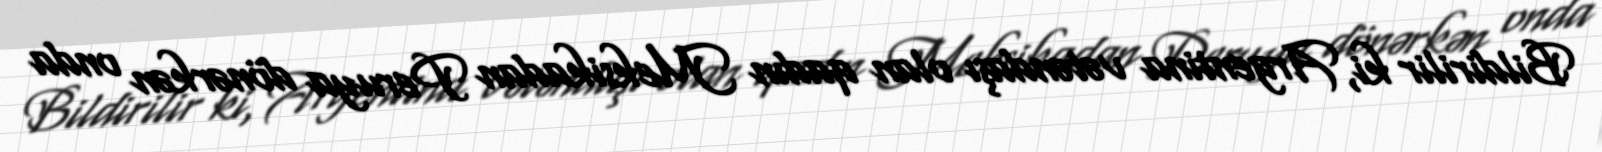
Bildirilir ki, Argentina vətəndaşı olan qadın Meksikadan Peruya dönərkən onda